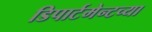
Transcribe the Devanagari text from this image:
डिपार्टमेन्टच्या